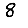
Digit: 8